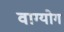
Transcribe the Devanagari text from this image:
वाग्योग